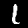
Digit: 1